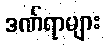
ဒဏ်ရာများ